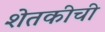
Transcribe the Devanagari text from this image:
शेतकीची